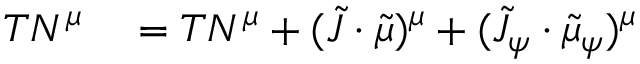
\begin{array} { r l } { T N ^ { \mu } } & { { } = T N ^ { \mu } + ( \tilde { J } \cdot \tilde { \mu } ) ^ { \mu } + ( \tilde { J } _ { \psi } \cdot \tilde { \mu } _ { \psi } ) ^ { \mu } } \end{array}